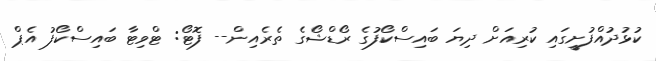
ކުޅުދުއްފުށީގައި ކުރިއަށް ދިޔަ ބައިސްކޯފުގެ ރޯޑްޝޯގެ ތެރެއިން-- ފޮޓޯ: ޓްވިޓާ ބައިސްކޯފު އެޕް